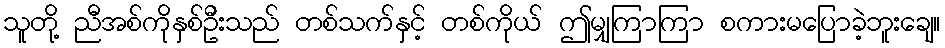
သူတို့ ညီအစ်ကိုနှစ်ဦးသည် တစ်သက်နှင့် တစ်ကိုယ် ဤမျှကြာကြာ စကားမပြောခဲ့ဘူးချေ။